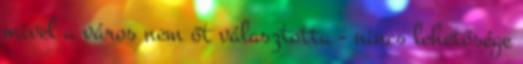
mivel a város nem őt választotta - nincs lehetősége